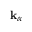
{ \mathbf k } _ { \alpha }